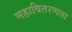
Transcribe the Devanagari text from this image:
महावितरणला